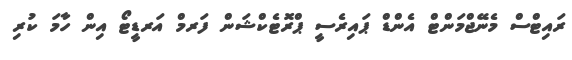
ރައިޓްސް މެނޭޖްމަންޓް އެންޑް ޕައިރެސީ ޕްރޮޓެކްޝަން ފަރމް އަރޑީޓޯ އިން ހާމަ ކުރި